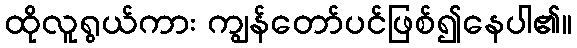
ထိုလူရွယ်ကား ကျွန်တော်ပင်ဖြစ်၍နေပါ၏။